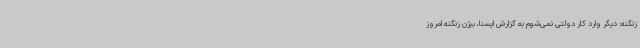
زنگنه: دیگر وارد کار دولتی نمی‌شوم به گزارش ایسنا، بیژن زنگنه امروز